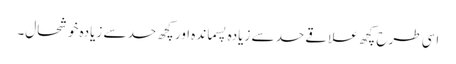
اسی طرح کچھ علاقے حد سے زیادہ پسماندہ اور کچھ حد سے زیادہ خوشحال۔